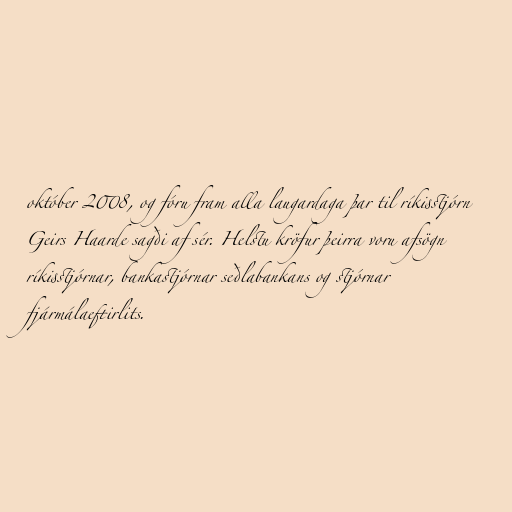
október 2008, og fóru fram alla laugardaga þar til ríkisstjórn
Geirs Haarde sagði af sér. Helstu kröfur þeirra voru afsögn
ríkisstjórnar, bankastjórnar seðlabankans og stjórnar
fjármálaeftirlits.